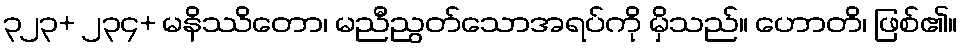
၃၂၃+ ၂၃၄+ မနိဿိတော၊ မညီညွတ်သောအရပ်ကို မှိသည်။ ဟောတိ၊ ဖြစ်၏။